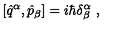
[ \hat { q } ^ { \alpha } , \hat { p } _ { \beta } ] = i \hbar \delta _ { \beta } ^ { \alpha } \ ,